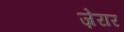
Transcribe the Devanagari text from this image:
ज़ेरार